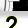
Digit: 2